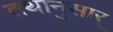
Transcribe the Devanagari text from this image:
तथानुसार्